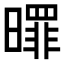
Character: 𣋖